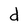
Character: d